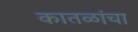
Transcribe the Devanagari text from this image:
कातळांचा